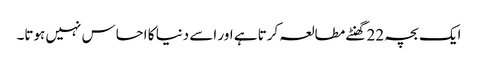
ایک بچہ 22 گھنٹے مطالعہ کرتا ہے اور اسے دنیا کا احساس نہیں ہوتا۔